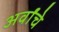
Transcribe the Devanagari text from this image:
अर्वांचे